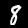
Digit: 8